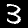
Label: 3